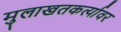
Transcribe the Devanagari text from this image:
मुलाखतकर्त्यावर